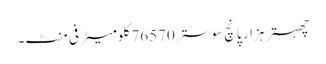
چھہتر ہزار پانچ سو ستر 76570 کلومیٹر فی منٹ۔